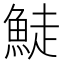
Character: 鯐